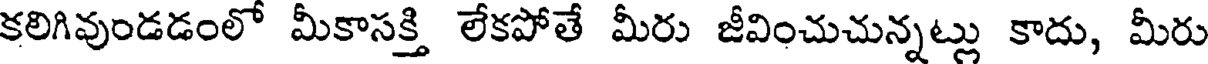
కలిగివుండడంలో మీకాసక్తి లేకపోతే మీరు జీవించుచున్నట్లు కాదు, మీరు